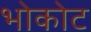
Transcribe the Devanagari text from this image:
भोकोट